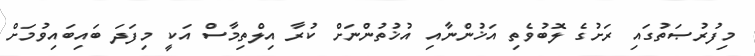
މިފުރުޞަތުގައި ރަށުގެ ލޮބުވެތި އަޚުންނާއި އުޚުތުންނަށް ކުރާ އިލްތިމާސް އަކީ މިފަދަ ބައިބައިވުމަށް